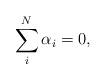
LaTeX: \begin{align*}\sum \limits_{i}^{N} \alpha_i = 0,\end{align*}